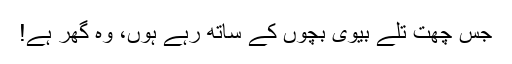
جس چھت تلے بیوی بچوں کے ساتھ رہے ہوں، وہ گھر ہے!